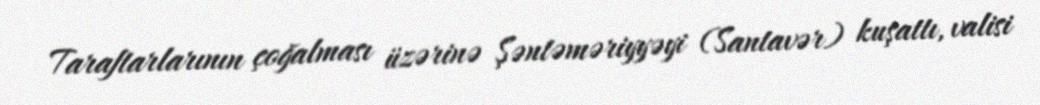
Taraftarlarının çoğalması üzərinə Şəntəməriyyəyi (Santavər) kuşattı, valisi